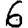
Digit: 6